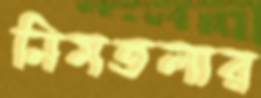
নিমতলার